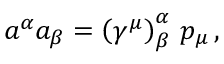
a ^ { \alpha } a _ { \beta } = \left( \gamma ^ { \mu } \right) _ { \beta } ^ { \alpha } \, p _ { \mu } \, ,